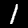
Label: 1